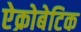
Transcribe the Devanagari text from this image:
ऐक्रोबेटिक